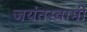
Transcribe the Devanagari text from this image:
जयंतस्वामी